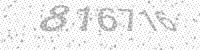
Solution: 816716